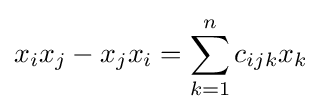
x_{i}x_{j}-x_{j}x_{i}=\sum _{k=1}^{n}c_{ijk}x_{k}